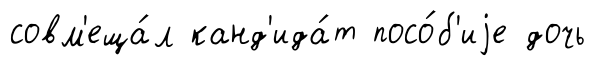
совм'еща́л канд'ида́т посо́б'иjе дочь